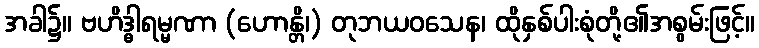
အခါ၌။ ဗဟိဒ္ဓါရမ္မဏာ (ဟောန္တိ၊) တုဘယဝသေန၊ ထိုနှစ်ပါးစုံတို့၏အစွမ်းဖြင့်။